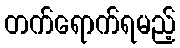
တက်ရောက်ရမည့်